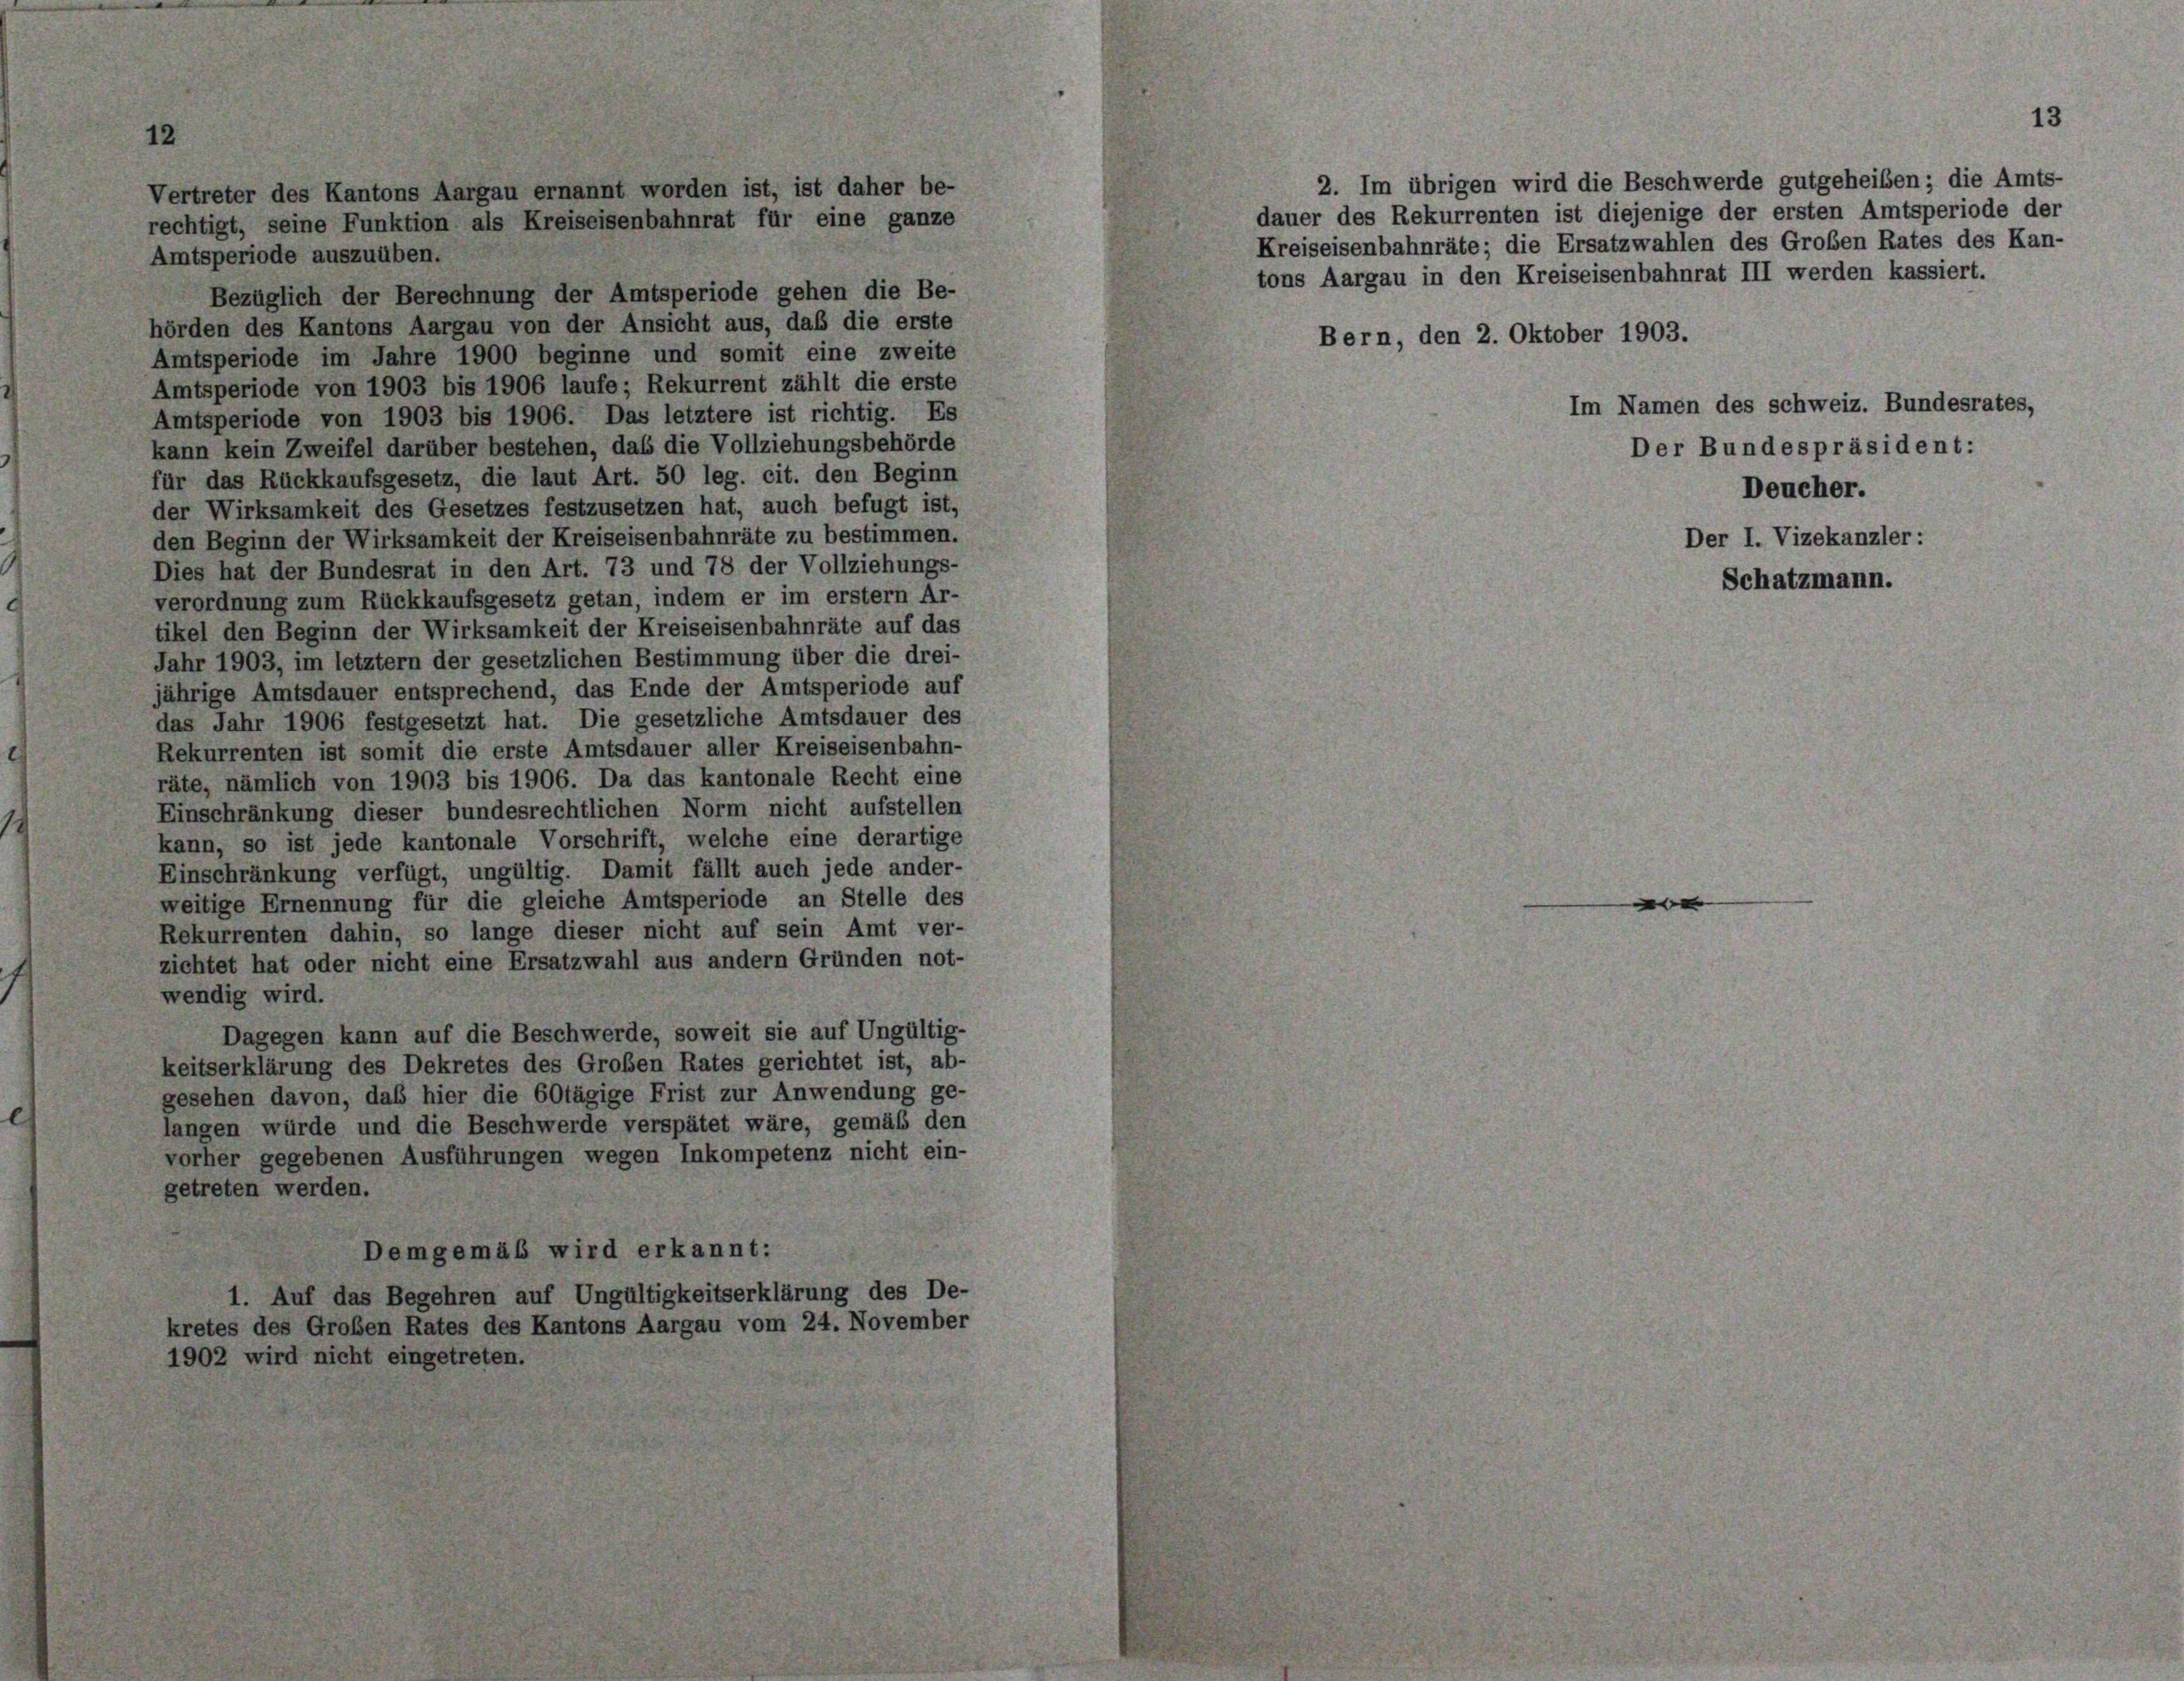
Amtsperiode auszuüben.
Bezüglich der Berechnung der Amtsperiode gehen die Be-
hörden des Kantons Aargau von der Ansicht aus, daß die erste
Amtsperiode im Jahre 1900 beginne und somit eine zweite
Amtsperiode von 1903 bis 1906 laufe; Rekurrent zählt die erste
Amtsperiode von 1903 bis 1906. Das letztere ist richtig. Es
kann kein Zweifel darüber bestehen, daß die Vollziehungsbehörde
für das Rückkaufsgesetz, die laut Art. 50 leg. cit. den Beginn
der Wirksamkeit des Gesetzes festzusetzen hat, auch befugt ist,
den Beginn der Wirksamkeit der Kreiseisenbahnräte zu bestimmen.
Dies hat der Bundesrat in den Art. 73 und 78 der Vollziehungs-
verordnung zum Rückkaufsgesetz getan, indem er im erstem Ar-
tikel den Beginn der Wirksamkeit der Kreiseisenbahnräte auf das
Jahr 1903, im letztem der gesetzlichen Bestimmung über die drei-
jährige Amtsdauer entsprechend, das Ende der Amtsperiode auf
das Jahr 1906 festgesetzt hat. Die gesetzliche Amtsdauer des
Rekurrenten ist somit die erste Amtsdauer aller Kreiseisenbahn-
räte, nämlich von 1903 bis 1906. Da das kantonale Recht eine
Einschränkung dieser bundesrechtlichen Norm nicht aufstellen
kann, so ist jede kantonale Vorschrift, welche eine derartige
Einschränkung verfügt, ungültig. Damit fällt auch jede ander-
weitige Ernennung für die gleiche Amtsperiode an Stelle des
Rekurrenten dahin, so lange dieser nicht auf sein Amt ver-
zichtet hat oder nicht eine Ersatzwahl aus andern Gründen not-
wendig wird.
Dagegen kann auf die Beschwerde, soweit sie auf Ungültig-
keitserklärung des Dekretes des Großen Rates gerichtet ist, ab-
gesehen davon, daß hier die 60tägige Frist zur Anwendung ge-
langen würde und die Beschwerde verspätet wäre, gemäß den
vorher gegebenen Ausführungen wegen Inkompetenz nicht ein-
getreten werden.
Demgemäß wird erkannt:
1. Auf das Begehren auf Ungültigkeitserklärung des De-
kretes des Großen Rates des Kantons Aargau vom 24. November
1902 wird nicht eingetreten.

Vertreter des Kantons Aargau ernannt worden ist, ist daher be-
rechtigt, seine Funktion als Kreiseisenbahnrat für eine ganze

Bern, den 2. Oktober 1903.

2. Im übrigen wird die Beschwerde gutgeheiben; die Amts-
dauer des Rekurrenten ist diejenige der ersten Amtsperiode der
Kreiseisenbahnräte; die Ersatzwahlen des Großen Rates des Kan-
tons Aargau in den Kreiseisenbahnrat III werden kassiert.

Im Namen des schweiz. Bundesrates,
Der Bundespräsident:
Deucher.
Der I. Vizekanzler :
Schatzmann.

13